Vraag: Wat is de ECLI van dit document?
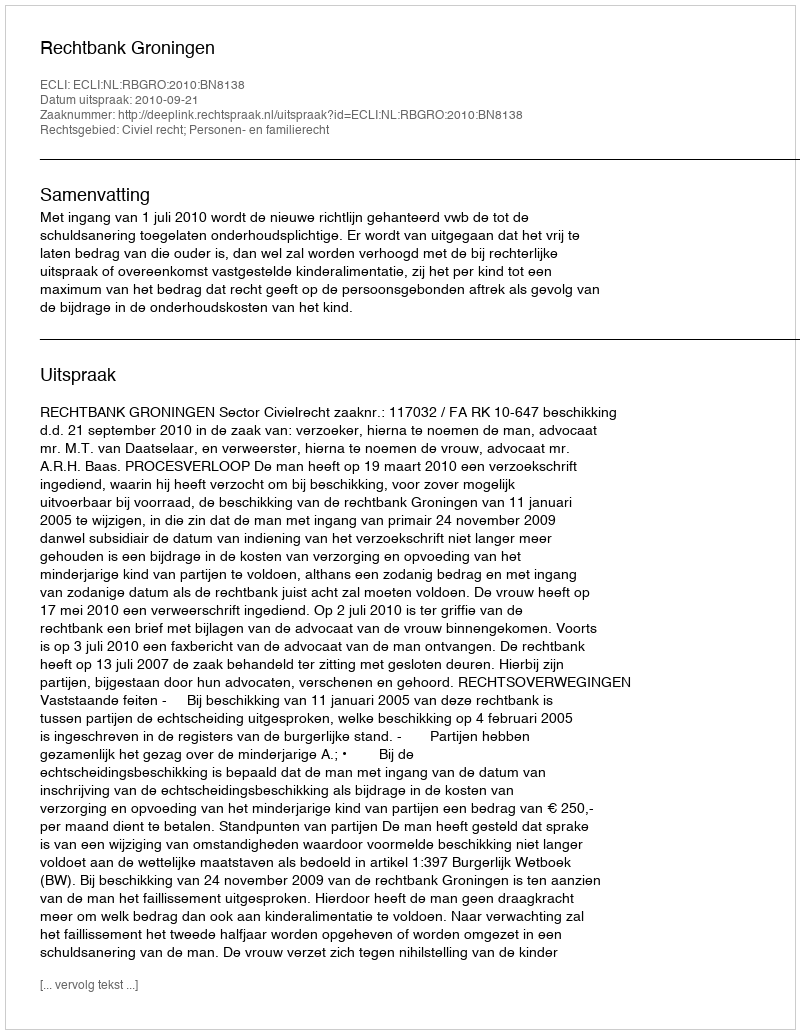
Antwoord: ECLI:NL:RBGRO:2010:BN8138